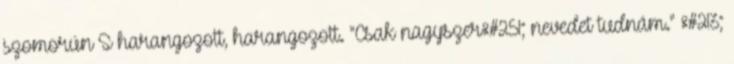
szomorún S harangozott, harangozott. "Csak nagyszer&#251; nevedet tudnám." &#213;